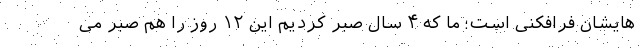
هایشان فرافکنی است؛ ما که ۴ سال صبر کردیم این ۱۲ روز را هم صبر می